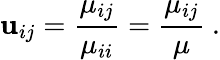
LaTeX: \mathbf{u}_{ij}=\frac{{\mu_{ij}}}{{\mu_{ii}}}=\frac{{\mu_{ij}}}{{\mu}}\ .